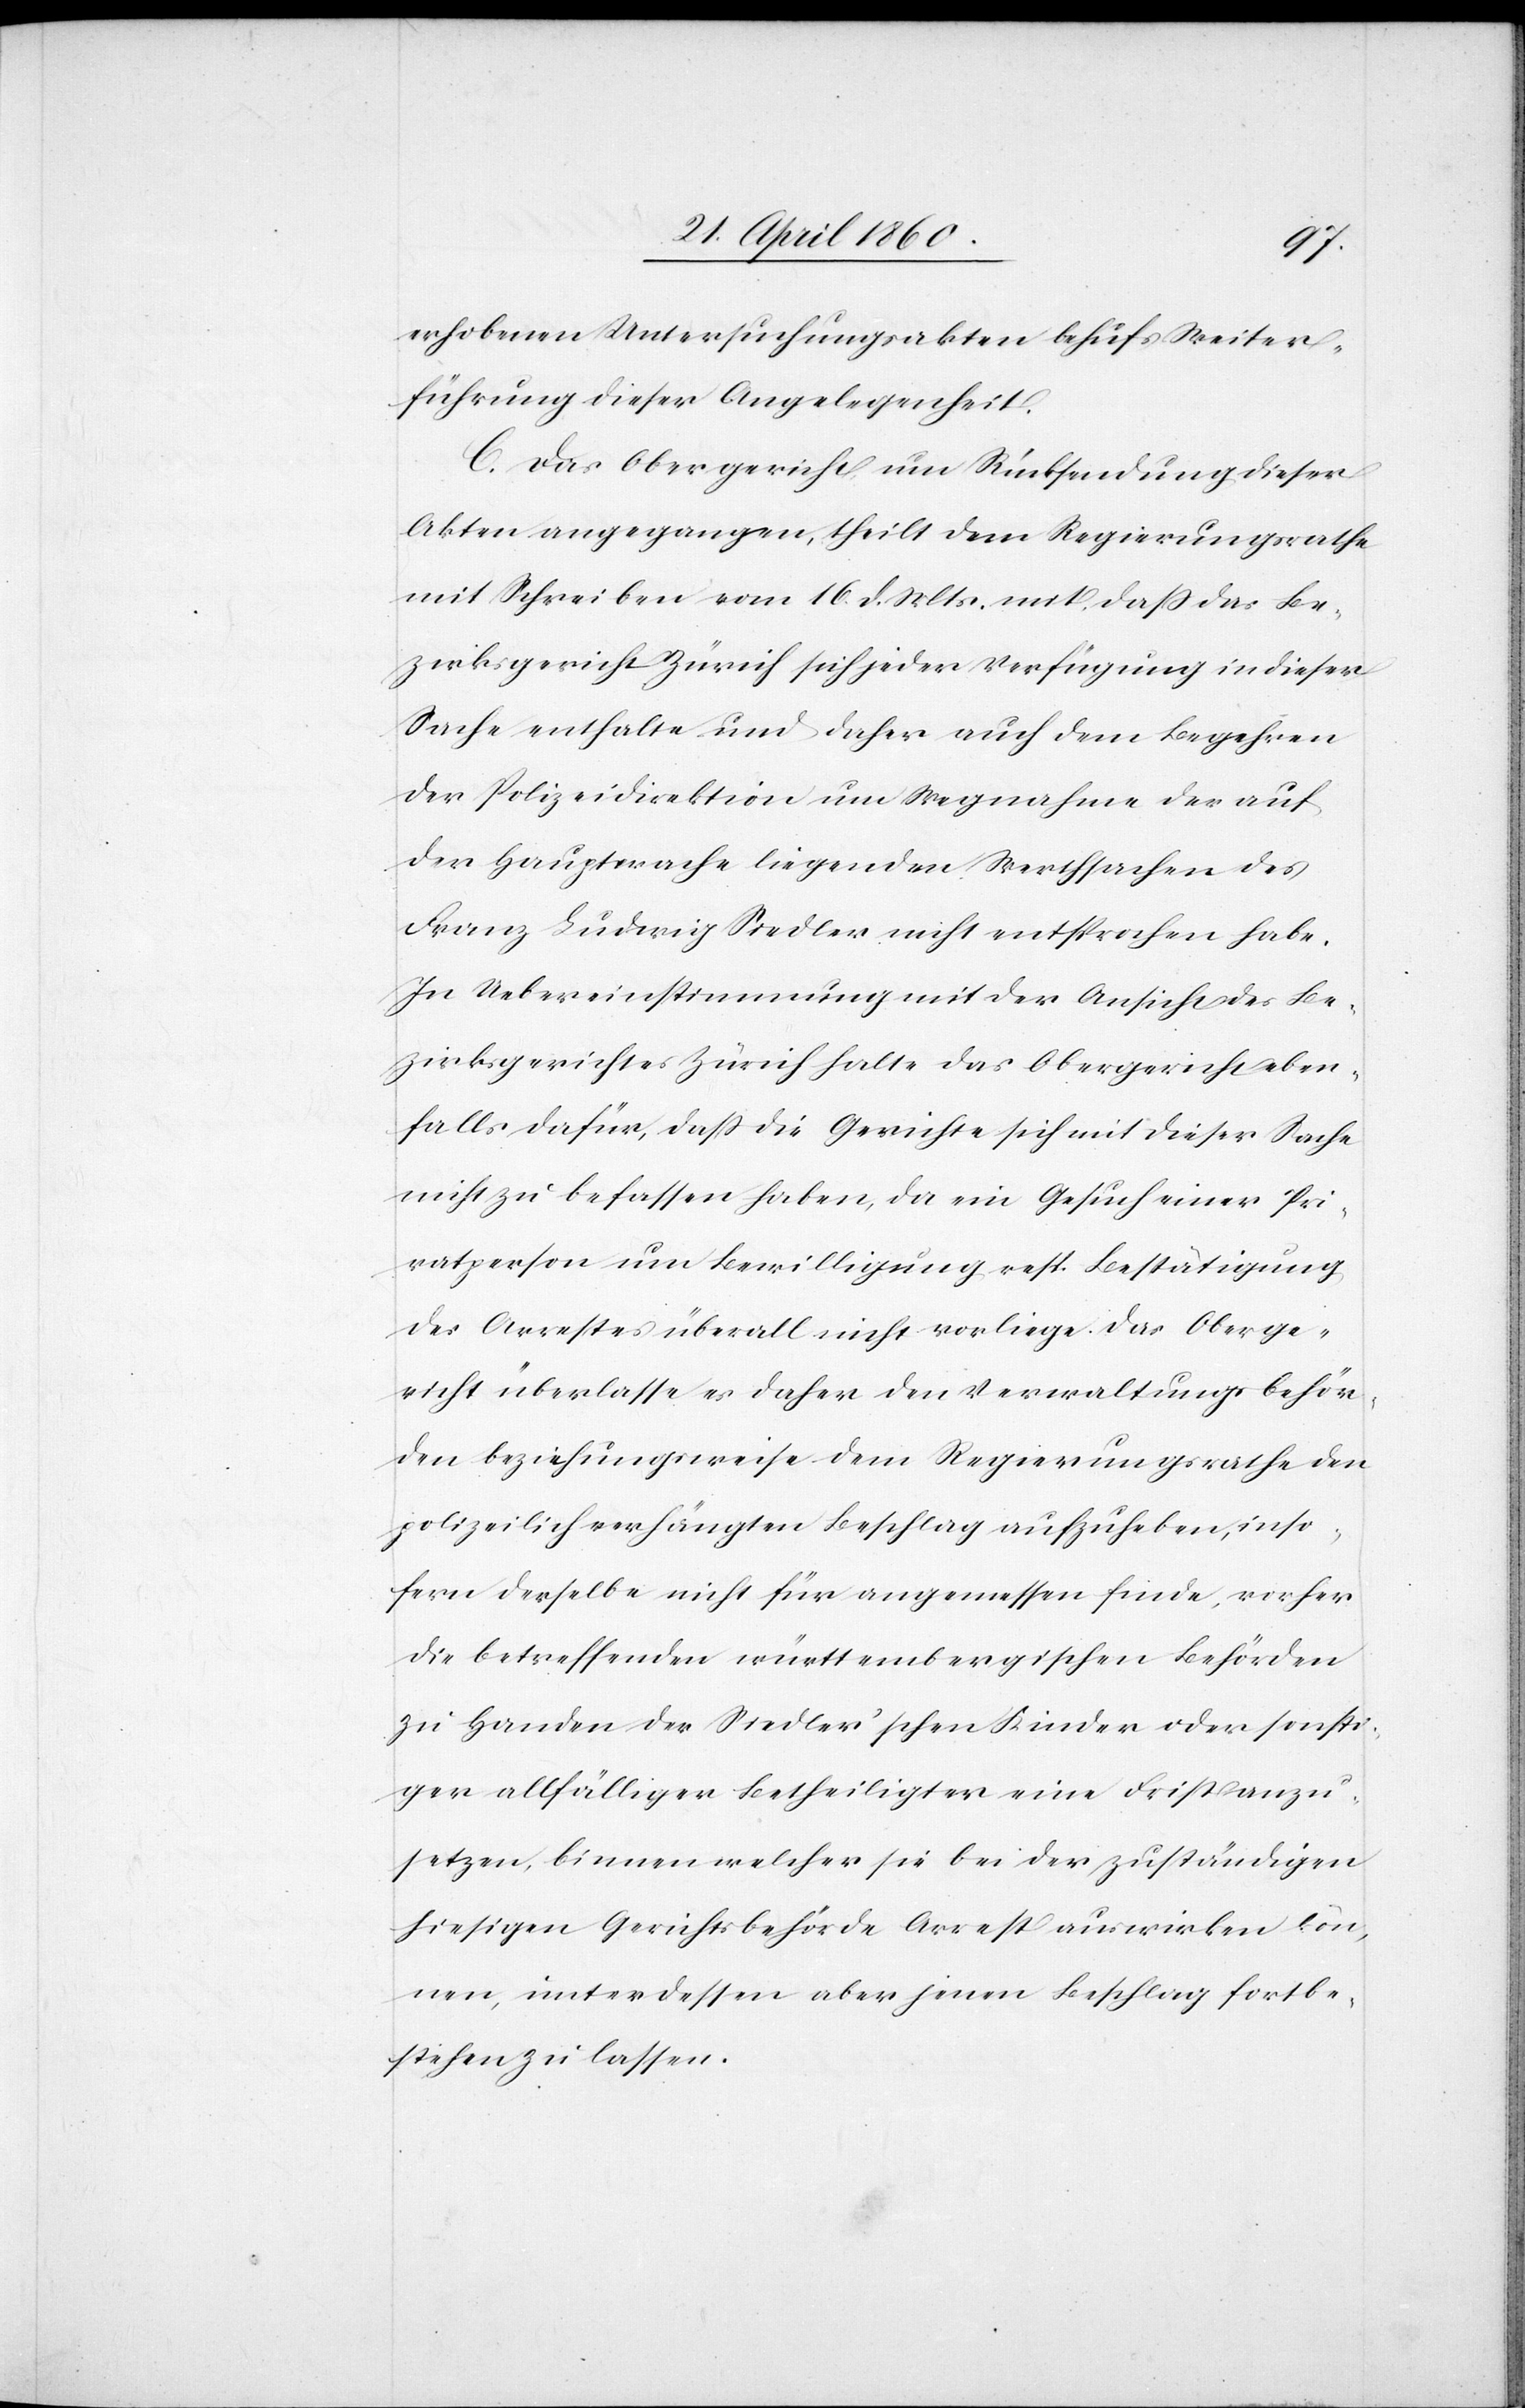
erhobenen Untersuchungsakten behufs Weiter¬
führung dieser Angelegenheit.
C. Das Obergericht um Rücksendung dieser
Akten angegangen, theilt dem Regierungsrathe
mit Schreiben vom 16. d. Mts. mit, dass das Be¬
zirksgericht Zürich sich jeder Verfügung in dieser
Sache enthalte und daher auch dem Begehren
der Polizeidirektion um Wegnahme der auf
der Hauptwache liegenden Werthsachen des
Franz Ludwig Siedler nicht entsprochen habe.
In Uebereinstimmung mit der Ansicht des Be¬
zirksgerichtes Zürich halte das Obergericht eben¬
falls dafür, dass die Gerichte sich mit dieser Sache
nicht zu befassen haben, da ein Gesuch einer Pri¬
vatperson um Bewilligung resp. Bestätigung
des Arrestes überall nicht vorliege. Das Oberge¬
richt überlasse es daher den Verwaltungsbehör¬
den beziehungsweise dem Regierungsrathe den
polizeilich verhängten Beschlag aufzuheben, inso¬
fern derselbe [es] nicht für angemessen finde, vorher
die betreffenden württembergischen Behörden
zu Handen der Siedler’schen Kinder oder sonsti¬
ger allfälliger Betheiligter eine Frist anzu¬
setzen, binnen welcher sie bei der zuständigen
hiesigen Gerichtsbehörde Arrest auswirken kön¬
nen, unterdessen aber jenen Beschlag fortbe¬
stehen zu lassen.